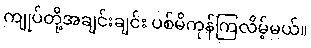
ကျုပ်တို့အချင်းချင်း ပစ်မိကုန်ကြလိမ့်မယ်။